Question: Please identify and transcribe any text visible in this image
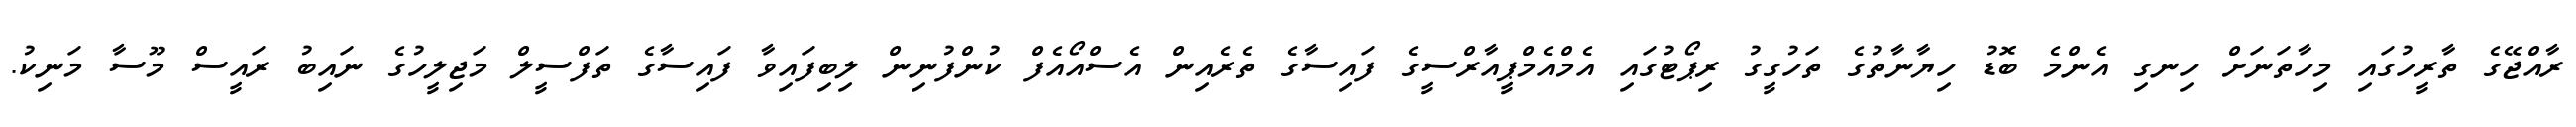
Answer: ރާއްޖޭގެ ތާރީހުގައި މިހާތަނަށް ހިނގި އެންމެ ބޮޑު ހިޔާނާތުގެ ތަހުގީގު ރިޕޯޓުގައި އެމްއެމްޕީއާރްސީގެ ފައިސާގެ ތެރެއިން އެސްއޯއެފް ކުންފުނިން ލިބިފައިވާ ފައިސާގެ ތަފްސީލް މަޖިލީހުގެ ނައިބު ރައީސް މޫސާ މަނިކު.